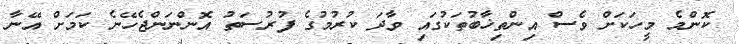
ކޮންމެ މީހަކަށް ވެސް އިންތިޚާބުތަކުގައި ވާދަ ކުރުމުގެ ފުރުސަތު އޮންނަންޖެހޭނެ ކަމަށް އޭނާ